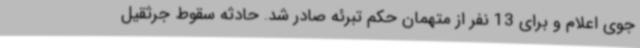
جوی اعلام و برای 13 نفر از متهمان حکم تبرئه صادر شد. حادثه سقوط جرثقیل